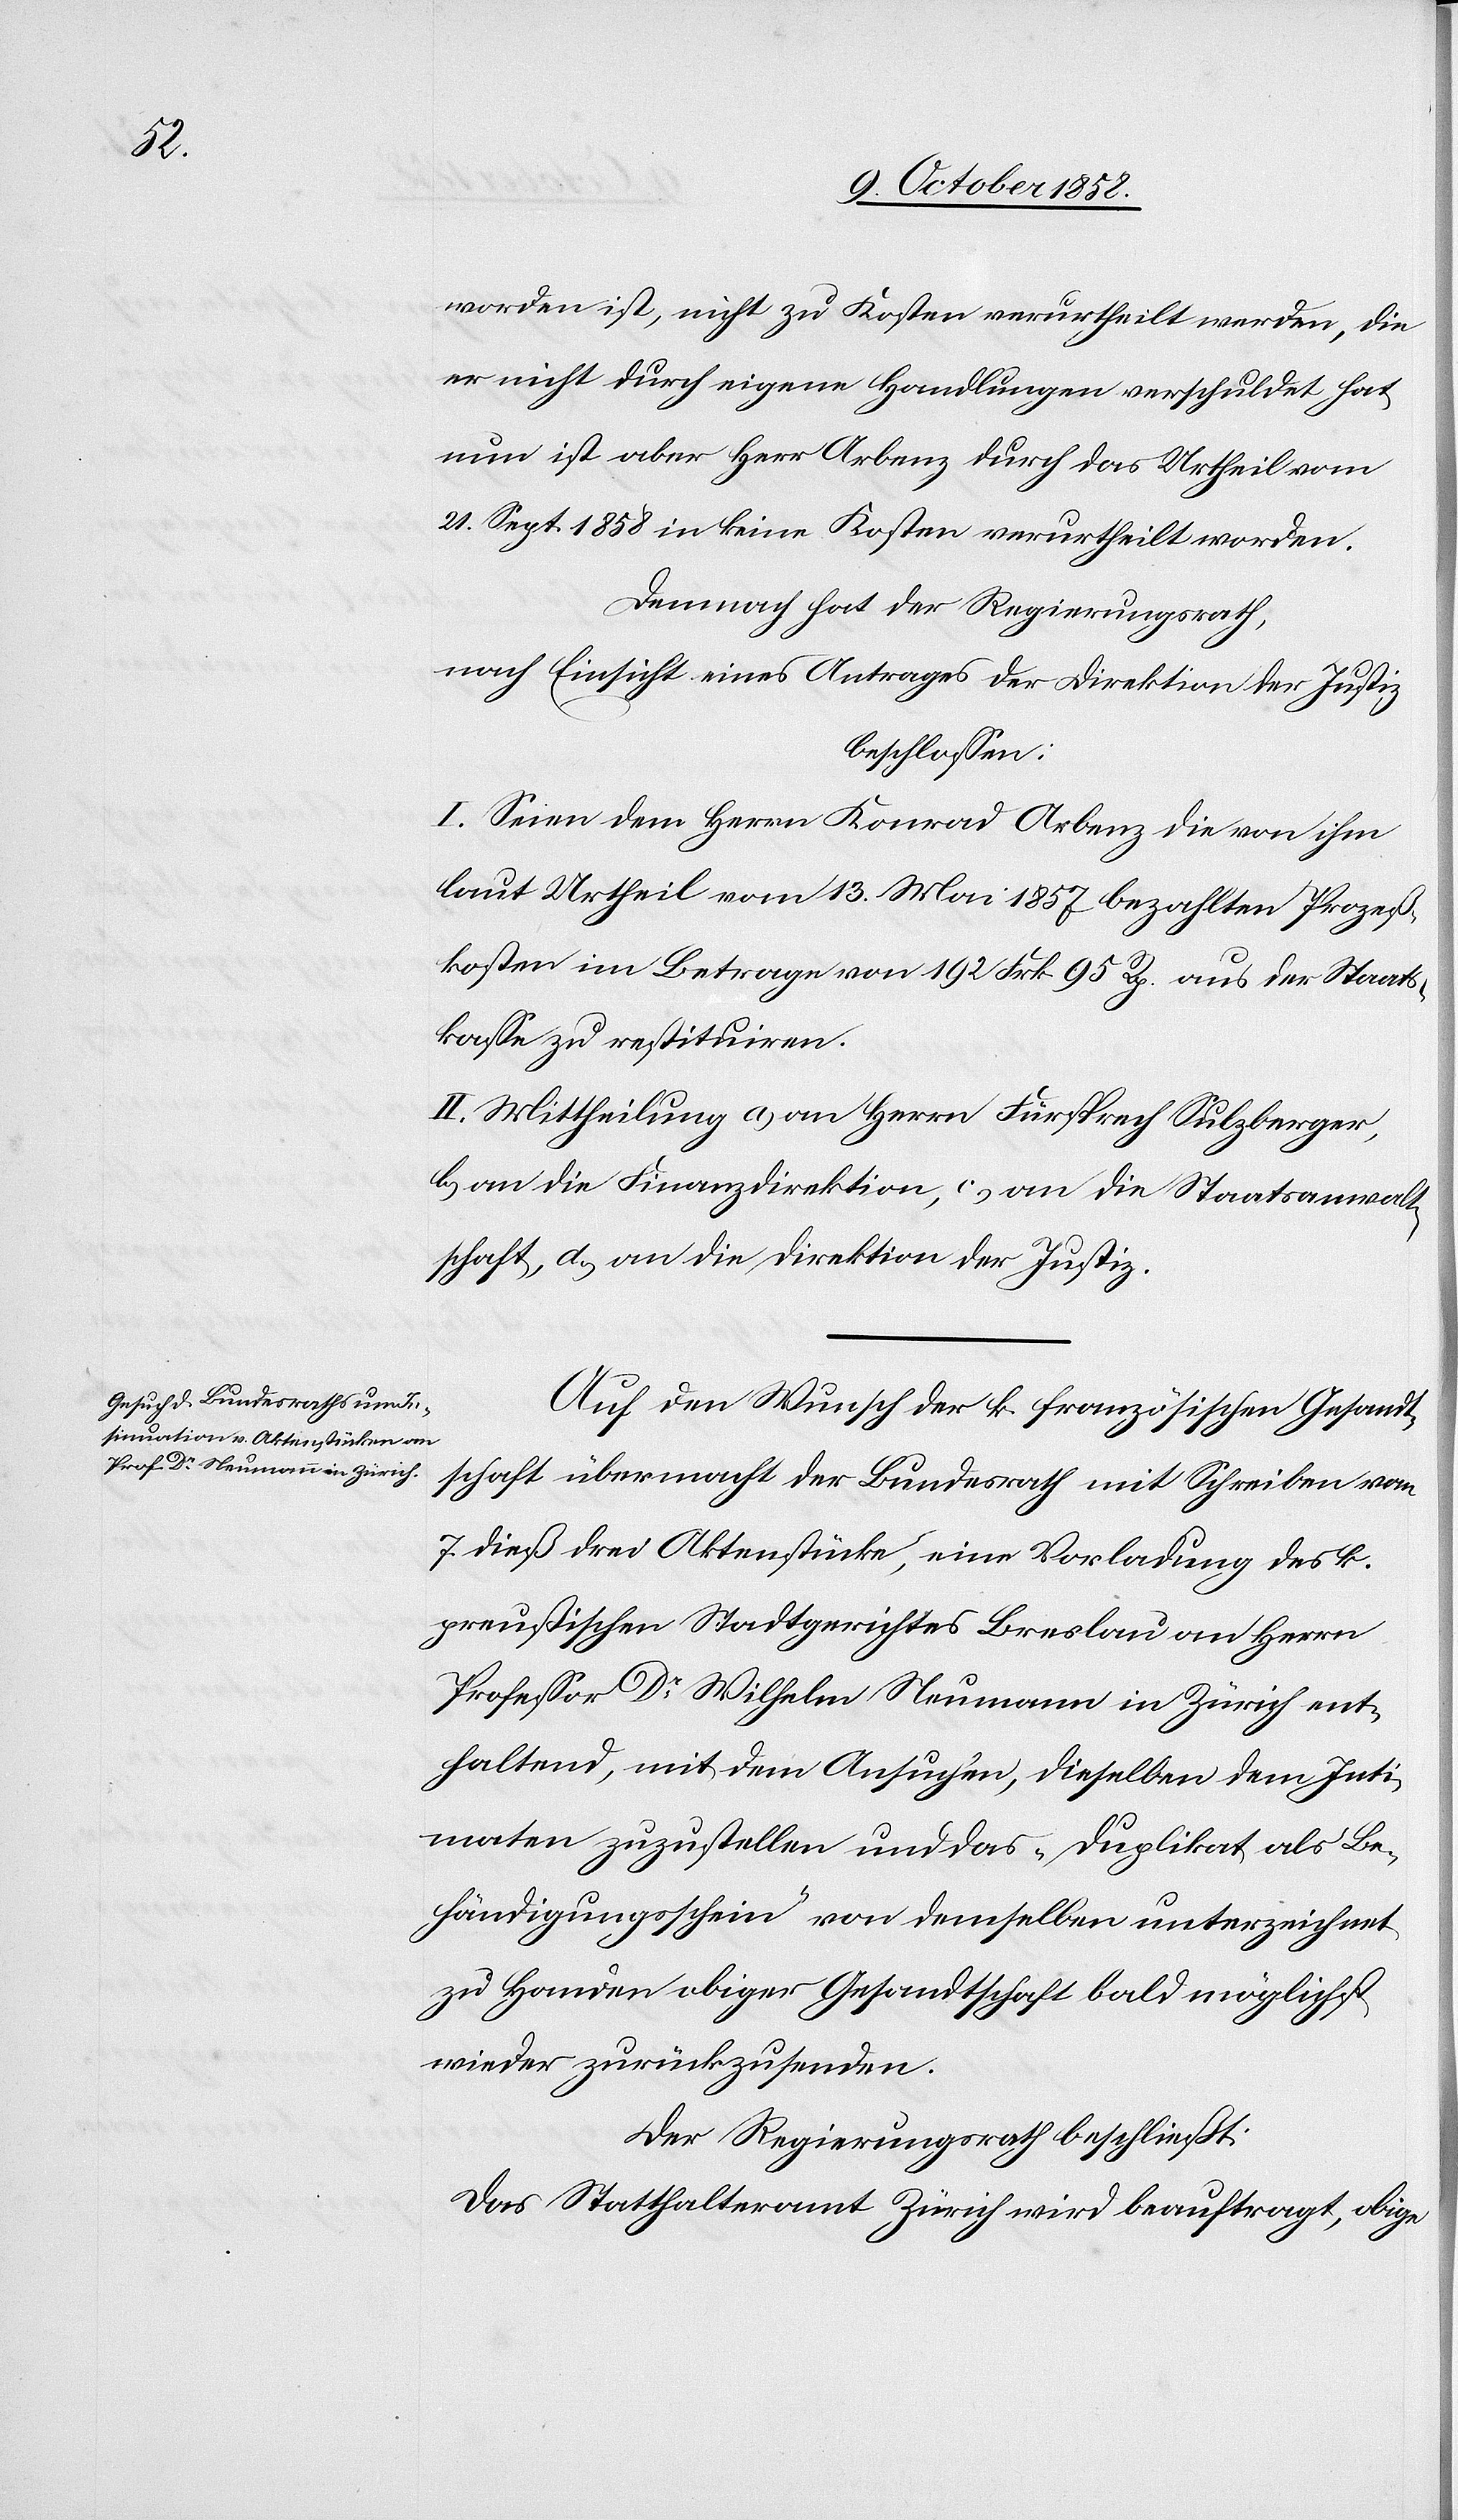
worden ist, nicht zu Kosten verurtheilt werden, die
er nicht durch eigene Handlungen verschuldet hat,
nun ist aber Herr Arbenz durch das Urtheil vom
21. Sept. 1858 in keine Kosten verurtheilt worden.
Demnach hat der Regierungsrath,
nach Einsicht eines Antrages der Direktion der Justiz
beschlossen:
I. Seien dem Herrn Konrad Arbenz die von ihm
laut Urtheil vom 13. Mai 1857 bezahlten Prozeß¬
kosten im Betrage von 192 Frk. 95 Rp. aus der Staats¬
kasse zu restituiren.
II. Mittheilung a) an Herrn Fürsprech Sulzberger,
b) an die Finanzdirektion, c) an die Staatsanwalt¬
schaft, d) an die Direktion der Justiz.
Auf den Wunsch der k. französischen Gesandt¬
schaft übermacht der Bundesrath mit Schreiben vom
7. dieß drei Aktenstücke, eine Vorladung des k.
preußischen Stadtgerichtes Breslau an Herrn
Professor Dr. Wilhelm Neumann in Zürich ent¬
haltend, mit dem Ansuchen, dieselben dem Inti¬
maten zuzustellen und das „Duplikat als Be¬
händigungsschein“ von demselben unterzeichnet
zu Handen obiger Gesandtschaft bald möglichst
wieder zurückzusenden.
Der Regierungsrath beschließt:
Das Statthalteramt Zürich wird beauftragt, obige